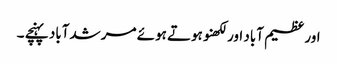
اور عظیم آباد اور لکھنو ہوتے ہوئے مرشدآباد پہنچے ۔